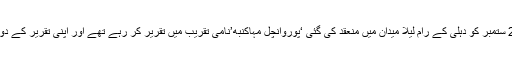
خبر کے مطابق امت شاہ 23 ستمبر کو دہلی کے رام لیلا میدان میں منعقد کی گئی ‘پوروانچل مہاکنبھ’نامی تقریب میں تقریر کر رہے تھے اور اپنی تقریر کے دوران انہوں نےیہ باتیں کہیں ۔